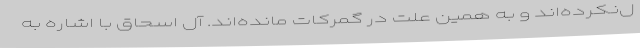
ل‌نکرده‌اند و به همین علت در گمرکات مانده‌اند. آل اسحاق با اشاره به